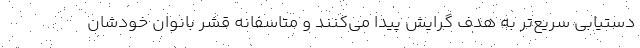
دستیابی سریع‌تر به هدف گرایش پیدا می‌کنند و متاسفانه قشر بانوان خودشان